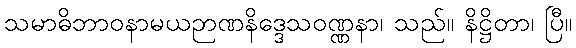
သမာဓိဘာဝနာမယဉာဏနိဒ္ဒေသဝဏ္ဏနာ၊ သည်။ နိဋ္ဌိတာ၊ ပြီ။